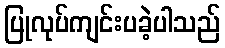
ပြုလုပ်ကျင်းပခဲ့ပါသည်